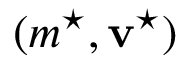
( m ^ { \star } , \mathbf { v } ^ { \star } )